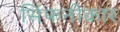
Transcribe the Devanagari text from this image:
सिंफनीकार